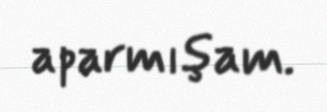
aparmışam.